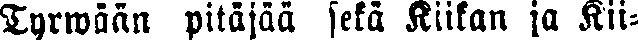
Tyrwään pitäjää sekä Kiikan ja Kii-